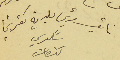
نائب رئيس بلدية كفرشيما شكري كنعان